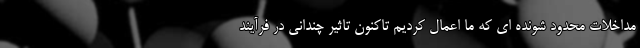
مداخلات محدود شونده ای که ما اعمال کردیم تاکنون تاثیر چندانی در فرآیند